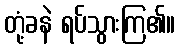
တုံ့ခနဲ ရပ်သွားကြ၏။